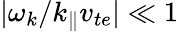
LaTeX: |\omega_{k}/k_{\parallel}v_{te}|\ll 1